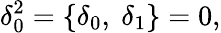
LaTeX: \delta_{0}^{2}=\lbrace\delta_{0},\ \delta_{1}\rbrace=0,